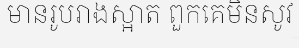
មានរូបរាងស្អាត ពួកគេមិនសូវ